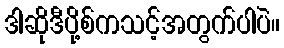
ဒါဆိုဒီပို့စ်ကသင့်အတွက်ပါပဲ။